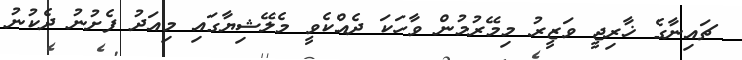
ޗައިނާގެ ޚާރިޖީ ވަޒީރު މިމޭރުމުން ވާހަކަ ދެއްކެވީ މެލޭޝިޔާގައި މިއަދު ފެށުނު ދެކުނު